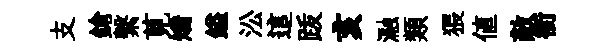
支鎗繫莧矯鎰㳂這䟦亥瀜類猥値敵銜